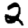
Digit: 2